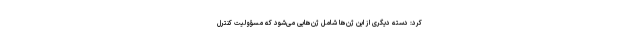
کرد: دسته دیگری از این ژن‌ها شامل ژن‌هایی می‌شود که مسؤولیت کنترل